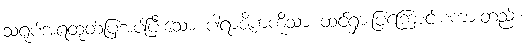
သရုပ်အရထုတ်ပြအပ်ပြီးသော ပါရာဇိကကိုသာ ထင်ရှားပြကြောင်းစကားတည်း။